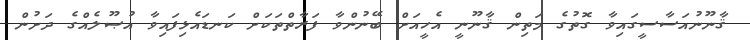
ޤާނޫނުއަސާސީގައިވާ ގޮތުގެ މަތިން ޤާނޫނީ އެހީއަށް ބޭނުންވާ ފަރާތްތަކަށް ކަނޑައެޅިފައިވާ އުޞޫލެއްގެ ދަށުން